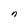
Character: n